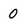
Character: 0